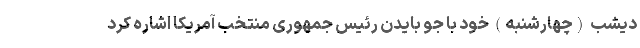
دیشب (چهارشنبه) خود با جو بایدن رئیس جمهوری منتخب آمریکا اشاره کرد